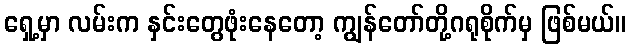
ရှေ့မှာ လမ်းက နှင်းတွေဖုံးနေတော့ ကျွန်တော်တို့ဂရုစိုက်မှ ဖြစ်မယ်။